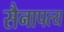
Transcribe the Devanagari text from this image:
सैनापत्य